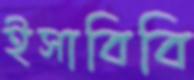
ইসাবিবি